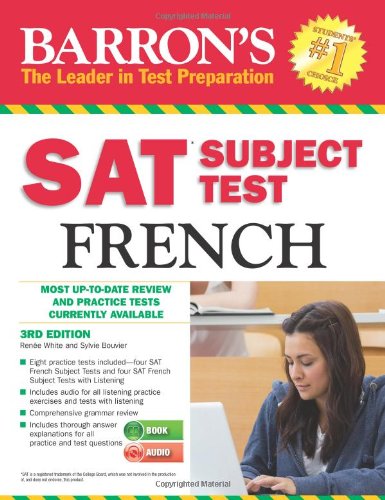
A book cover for Barron's SAT Subject Test French with Audio CDs, 3rd Edition; RenÃ©e White; Test Preparation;